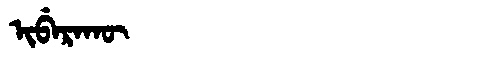
Manchu: ᡳᠪᡝᡵᠠᡴᡡ
Romanization: IBERAKŪ